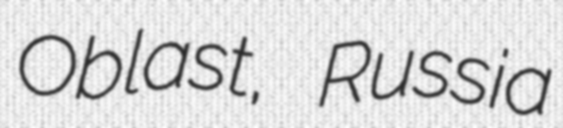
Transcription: Oblast, Russia